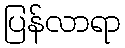
ပြန်လာရာ